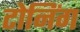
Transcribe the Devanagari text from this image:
टोनिंग